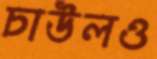
চাউলও